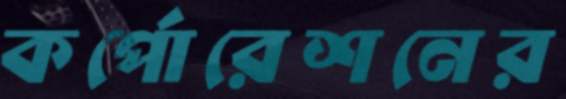
কর্পোরেশনের